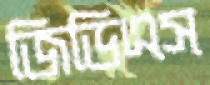
জিডিএস